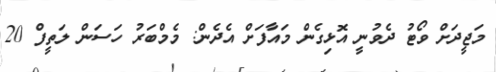
މަޖީދަށް ވޯޓު ދެވުނީ އޮޅިގެން މައާފަށް އެދެން: މެމްބަރު ހަސަން ލަތީފް 20